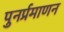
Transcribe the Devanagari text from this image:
पुनर्प्रमाणन